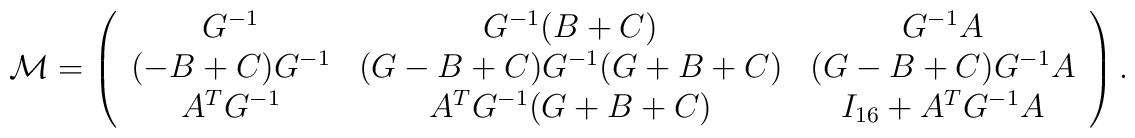
{\cal M} = \left( \begin{array}{ccc} G^{-1} & G^{-1} (B + C) & G^{-1} A\\ (-B + C) G ^{-1} & (G - B + C) G^{-1} (G + B + C) & (G - B +C) G^{-1} A \\ A^T G^{-1} & A^T G^{-1} (G + B + C) & I_{16} + A^TG^{-1} A  \end{array} \right).